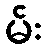
မ်း